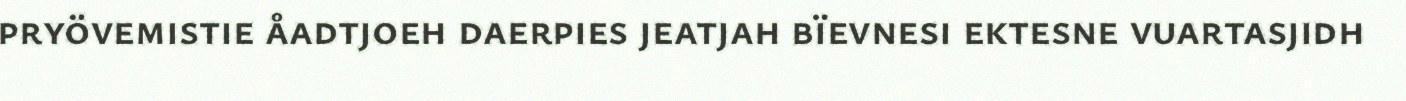
pryövemistie åadtjoeh daerpies jeatjah bïevnesi ektesne vuartasjidh